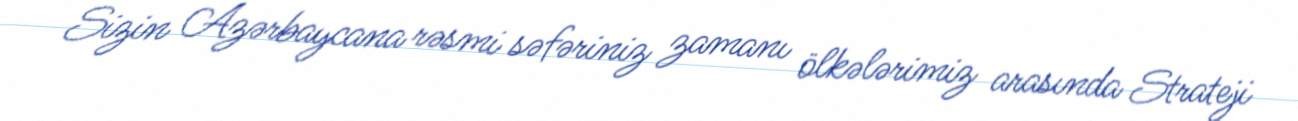
Sizin Azərbaycana rəsmi səfəriniz zamanı ölkələrimiz arasında Strateji